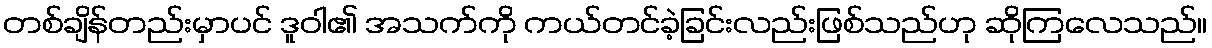
တစ်ချိန်တည်းမှာပင် ဒူဝါ၏ အသက်ကို ကယ်တင်ခဲ့ခြင်းလည်းဖြစ်သည်ဟု ဆိုကြလေသည်။